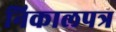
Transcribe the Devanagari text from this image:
निकालपत्र